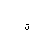
Letter: _ta